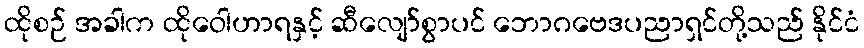
ထိုစဉ် အခါက ထိုဝေါဟာရနှင့် ဆီလျော်စွာပင် ဘောဂဗေဒပညာရှင်တို့သည် နိုင်ငံ